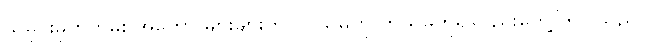
သမိုင်းမှတ်တမ်း အတော် များများတွင် ပုသိမ်ကို ကုသိမ်ဟူ၍လည်းတွေ့ကြပါသည်။